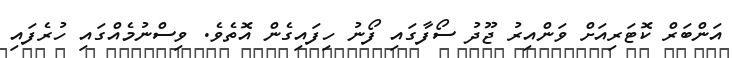
އަންބަރް ކޮޓަރިއަށް ވަންއިރު ޖޫދު ސޯފާގައި ފޯނު ހިފައިގެން އޮތެވެ. ވިސްނުމެއްގައި ހުރެފައި